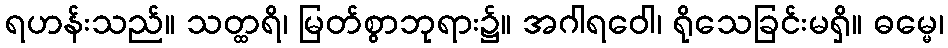
ရဟန်းသည်။ သတ္ထရိ၊ မြတ်စွာဘုရား၌။ အဂါရဝေါ၊ ရိုသေခြင်းမရှိ။ ဓမ္မေ၊